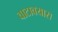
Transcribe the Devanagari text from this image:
वाटावयास